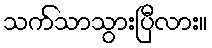
သက်သာသွားပြီလား။